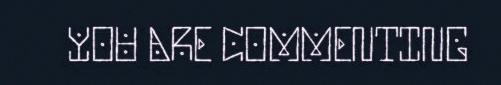
YOU ARE COMMENTING